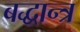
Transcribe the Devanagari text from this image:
बद्धान्त्र